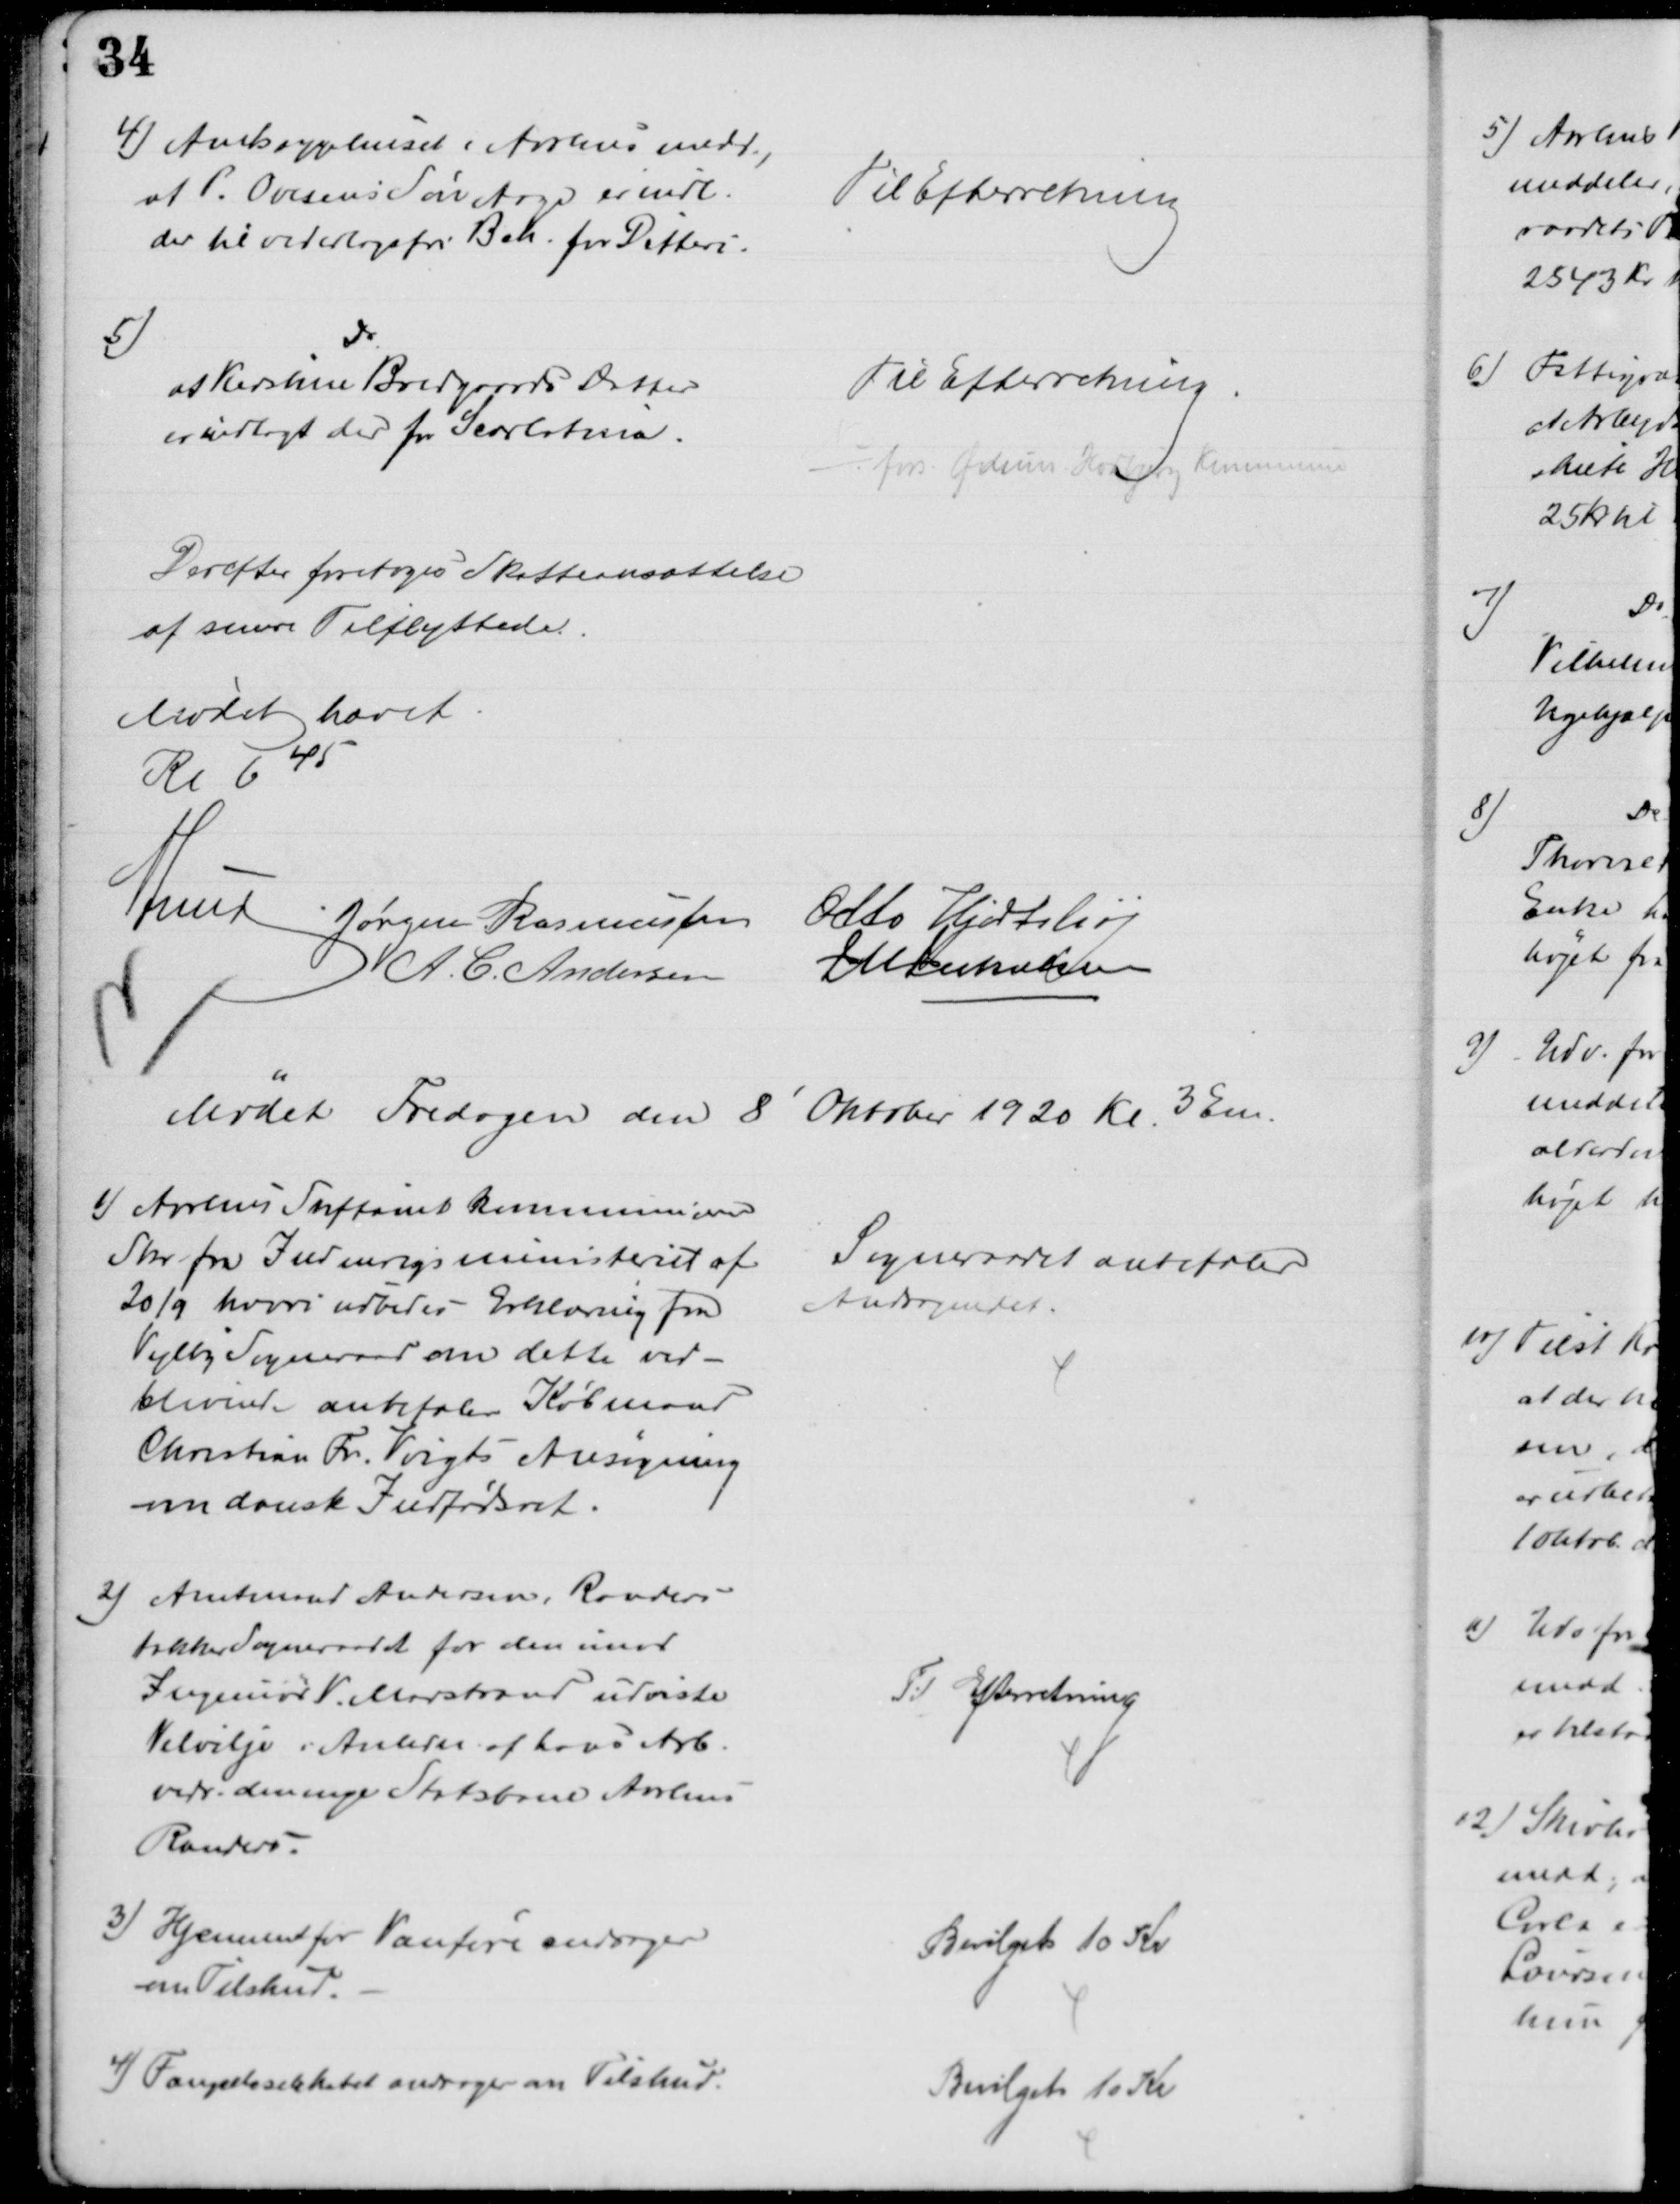
Transskription:
4) Amtssyghuset i Aarhus medd.,
at P. Ovesens Søn Aage er indl.
der til vederlagsfri Beh. for Difteri.
Til Efterretning
5)
at Kirstine Bredgaards Datter
er indlagt der for Scarlatina.
Til Efterretning.
fors. Ødum Hadbjerg Kommune
Derefter foretoges Skatteansættelse
af senere Tilflyttede.
Mødet hævet
Kr 645
A Lund Jørgen Rasmussen Otto Hjortshøj
A. C. Andersen
J M Jakobsen
Mødet Fredagen den 8' Oktober 1920 Kl. 3 Em.
1) Aarhus Stiftamt kommunicerer
Skr. fra Indenrigsministeriet af
20/9 hvori udbedes Erklæring fra
Vejlby Sogneraad om dette ved-
blivende anbefaler Købmand
Christian Fr. Voigts Ansøgning
om dansk Indfødsret.
Sogneraadet anbefaler
Andragendet.
2) Amtmand Andersen, Randers
takker Sogneraadet for den imod
Ingeniør V Marstrand udviste
Velvilje i Anledn. af hans Arb.
vedr. den nye Statsbane Aarhus
Randers.
Til Efterretning
3) Hjemmet for Vanføre andrager
om Tilskud.
Bevilget 10 Kr
4) Fængselsselskabet andrager om Tilskud.
Bevilget 10 Kr